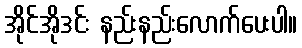
အိုင်အိုဒင်း နည်းနည်းလောက်ပေးပါ။